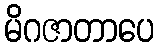
မိဂဇာတာပေ